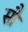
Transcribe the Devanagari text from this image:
साै